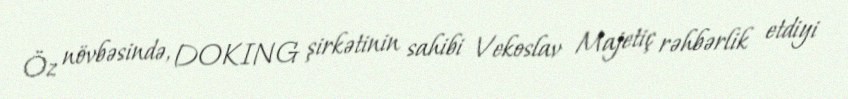
Öz növbəsində, DOKING şirkətinin sahibi Vekoslav Majetiç rəhbərlik etdiyi